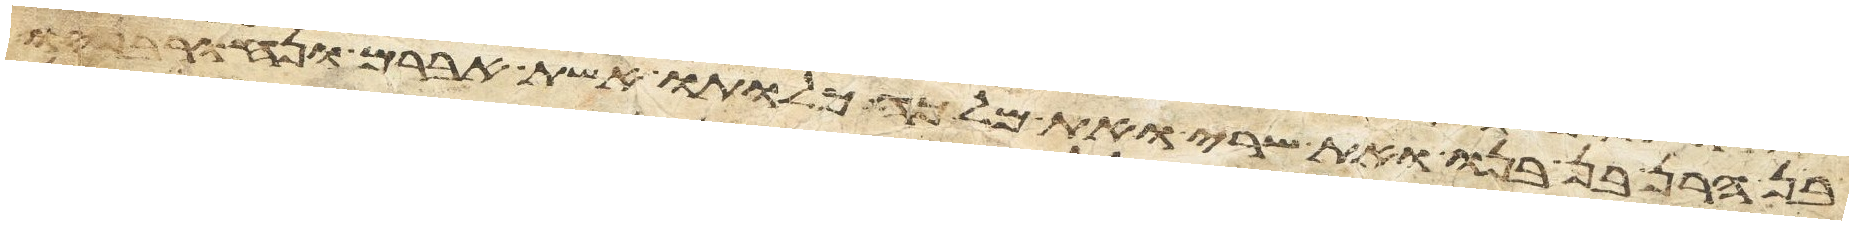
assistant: בן הרן בן בנו ואת שרי ואת מלכה כלותו אשת אברם ונחור בניו